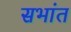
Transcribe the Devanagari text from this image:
सभांत